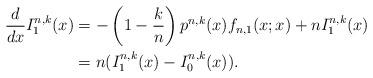
LaTeX: \begin{align*}\frac{d}{dx}I_{1}^{n,k}(x)&=-\left(1-\frac{k}{n}\right)p^{n,k}(x)f_{n,1}(x;x)+nI_{1}^{n,k}(x)\\&=n(I_{1}^{n,k}(x)-I_{0}^{n,k}(x)).\end{align*}